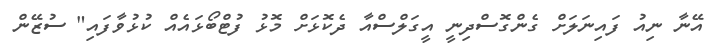
އޭނާ ނިއު ފައިނަލަށް ގެންގޮސްދިނީ އީގަލްސްއާ ދެކޮޅަށް މޮޅު ފުޓްބޯޅައެއް ކުޅުވާފައި" ސުޒޭން